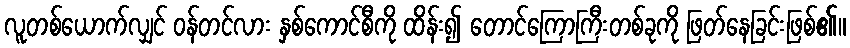
လူတစ်ယောက်လျှင် ဝန်တင်လား နှစ်ကောင်စီကို ထိန်း၍ တောင်ကြောကြီးတစ်ခုကို ဖြတ်နေခြင်းဖြစ်၏။